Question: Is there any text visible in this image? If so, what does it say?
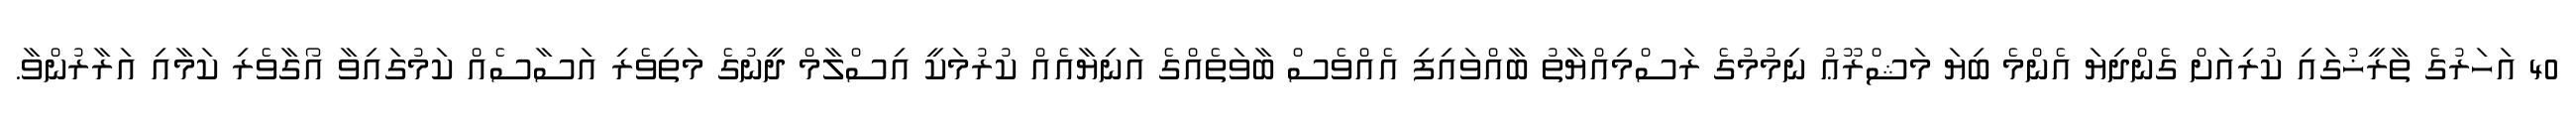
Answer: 40 އަހަރުގެ ތާރީޚުގައި ކުރިއަށް ގެންދިޔަ އެންމެ ބިޔަ މަޝްރޫޢު ނިމުމުގެ ރަސްމިއްޔާތު ބާއްވައިފި އެއްވެސް ބާވަތެއްގެ އަނިޔާއެއް ކުރުމަކީ އިސްލާމް ދީނުގެ މަތިވެރި އަސާސެއް ކަމުގައިވާ އޯގާވެރި ކަމާއި އަރާރުންވާ.